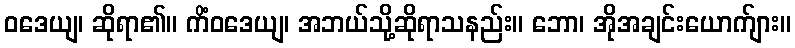
ဝဒေယျ၊ ဆိုရာ၏။ ကိံဝဒေယျ၊ အဘယ်သို့ဆိုရာသနည်း။ ဘော၊ အိုအချင်းယောက်ျား။